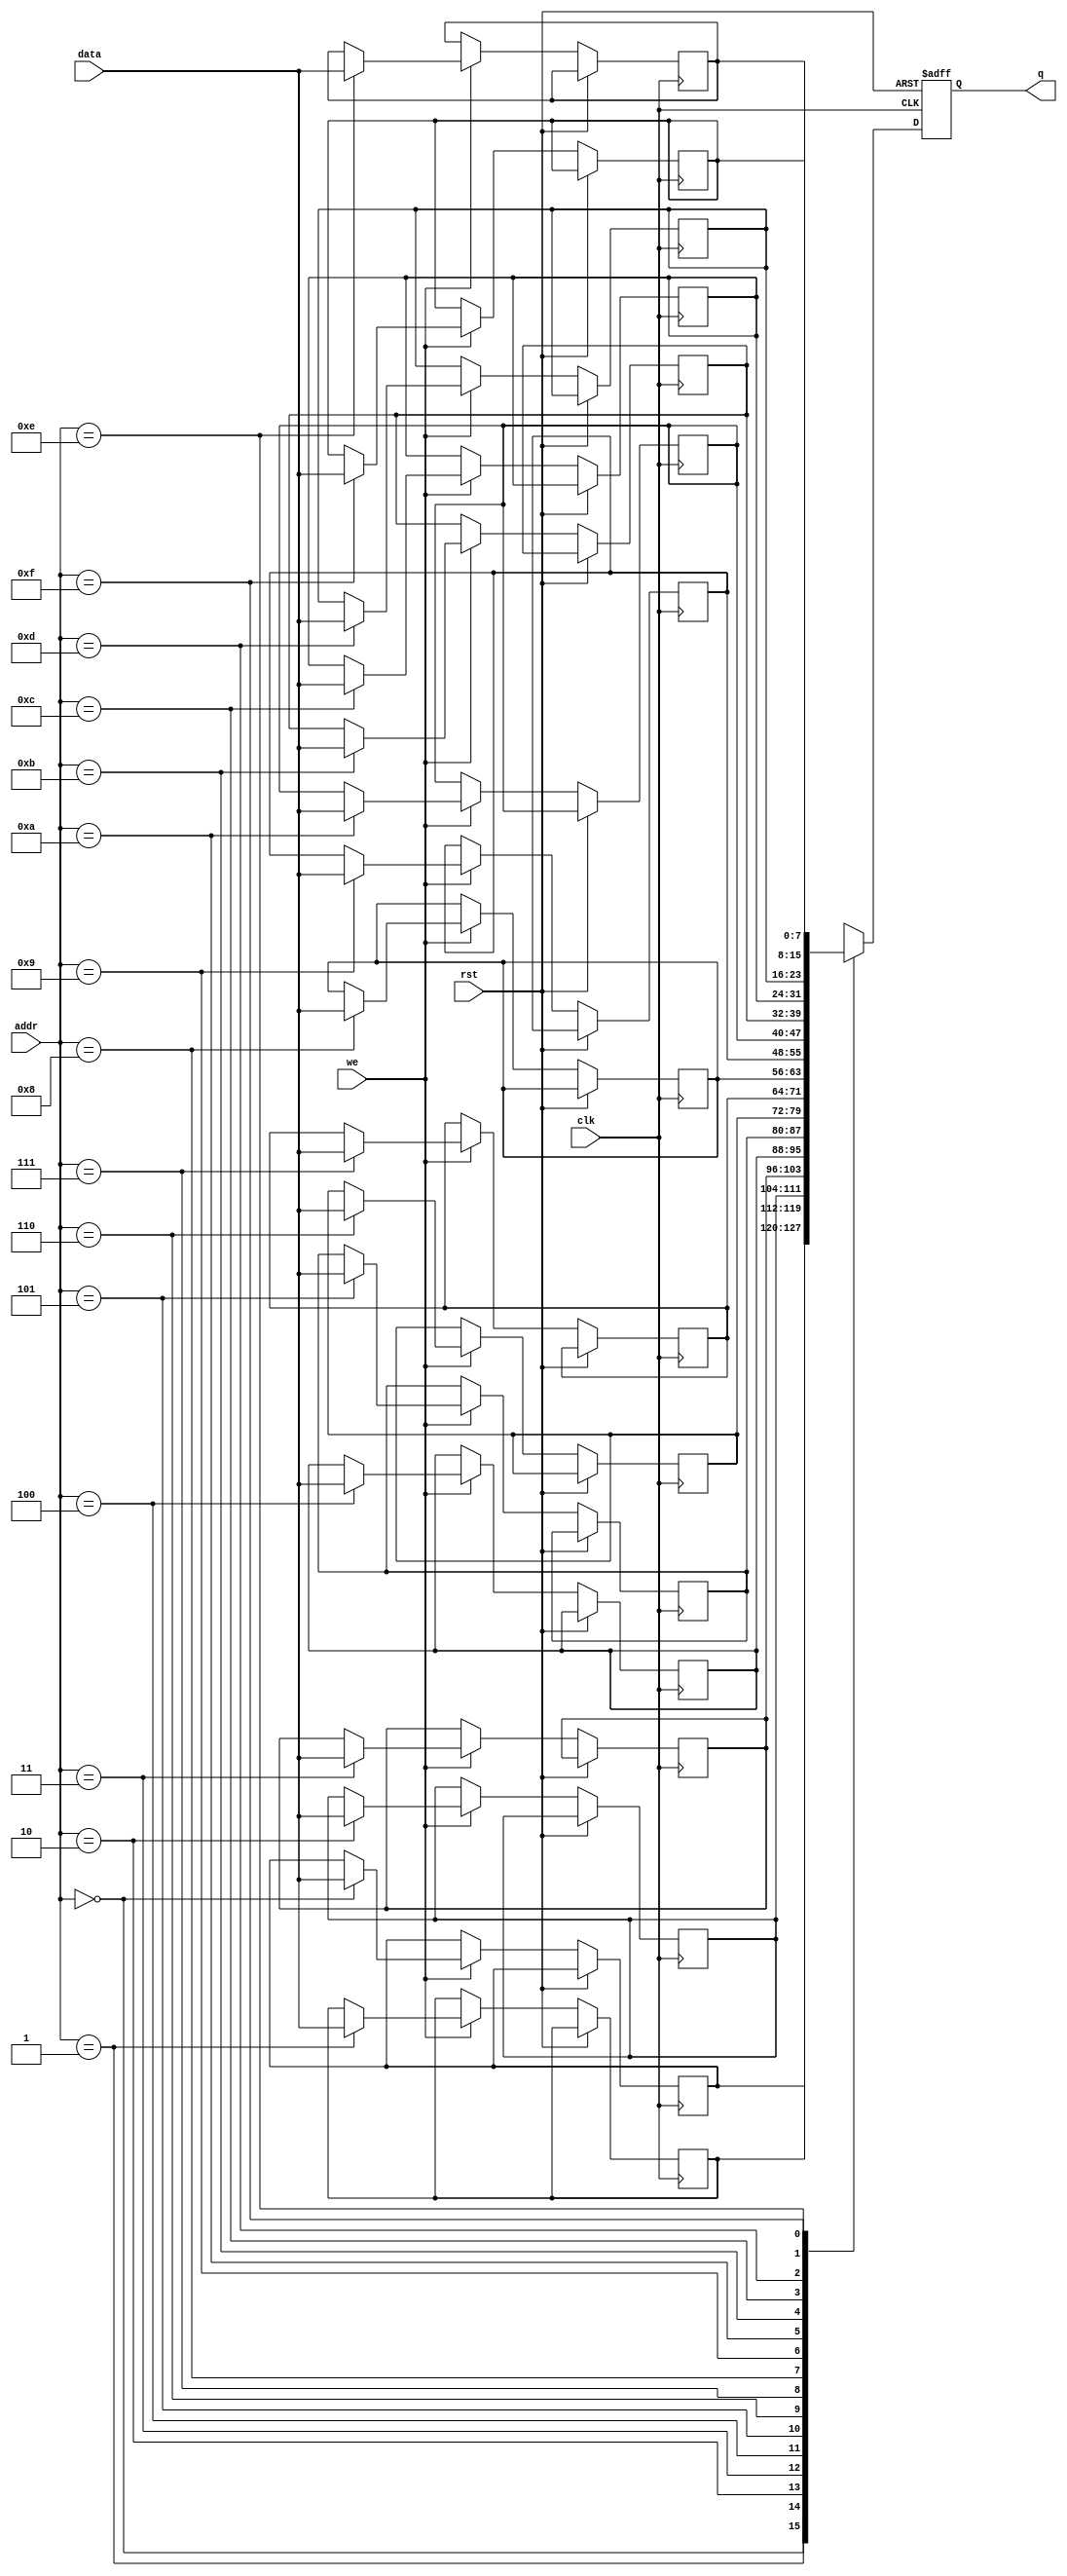
module RAM #(
    parameter DATA_WIDTH = 8,
    parameter ADDR_WIDTH = 4,
    parameter MEM_SIZE = 16
) (
    input wire clk,
    input wire rst,
    input wire [ADDR_WIDTH-1:0] addr,
    input wire [DATA_WIDTH-1:0] data,
    input wire we,
    output reg [DATA_WIDTH-1:0] q
);

reg [DATA_WIDTH-1:0] memory [MEM_SIZE-1:0];

always @(posedge clk or posedge rst) begin
    if (rst) begin
        q <= 0;
    end else begin
        if (we) begin
            memory[addr] <= data;
        end
        q <= memory[addr];
    end
end

endmodule